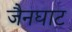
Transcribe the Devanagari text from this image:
जैनघाट